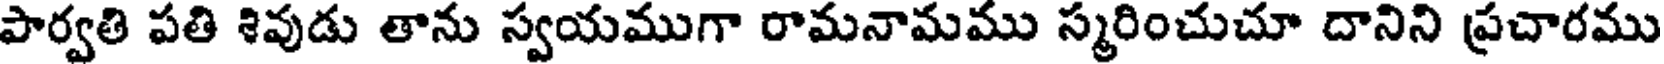
పార్వతి పతి శివుడు తాను స్వయముగా రామనామము స్మరించుచూ దానిని ప్రచారము